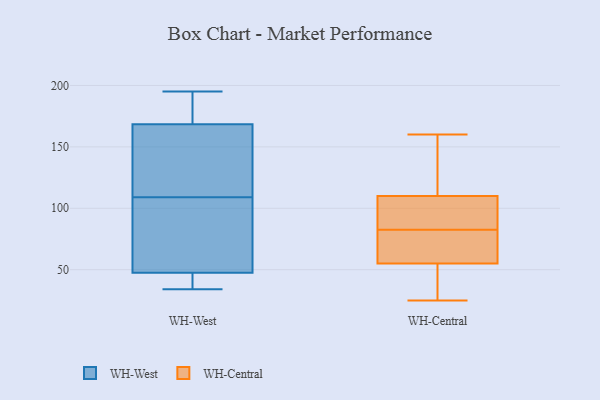
{"axis": {"x": "Bounce Rate (%)", "y": "Value"}, "legend": ["WH-Central", "WH-West"], "data": [{"x": "", "y": 88, "type": "WH-West"}, {"x": "", "y": 179, "type": "WH-West"}, {"x": "", "y": 109, "type": "WH-West"}, {"x": "", "y": 195, "type": "WH-West"}, {"x": "", "y": 155, "type": "WH-West"}, {"x": "", "y": 36, "type": "WH-West"}, {"x": "", "y": 173, "type": "WH-West"}, {"x": "", "y": 34, "type": "WH-West"}, {"x": "", "y": 117, "type": "WH-West"}, {"x": "", "y": 82, "type": "WH-West"}, {"x": "", "y": 35, "type": "WH-West"}, {"x": "", "y": 105, "type": "WH-Central"}, {"x": "", "y": 72, "type": "WH-Central"}, {"x": "", "y": 54, "type": "WH-Central"}, {"x": "", "y": 135, "type": "WH-Central"}, {"x": "", "y": 56, "type": "WH-Central"}, {"x": "", "y": 25, "type": "WH-Central"}, {"x": "", "y": 89, "type": "WH-Central"}, {"x": "", "y": 31, "type": "WH-Central"}, {"x": "", "y": 71, "type": "WH-Central"}, {"x": "", "y": 28, "type": "WH-Central"}, {"x": "", "y": 132, "type": "WH-Central"}, {"x": "", "y": 108, "type": "WH-Central"}, {"x": "", "y": 113, "type": "WH-Central"}, {"x": "", "y": 79, "type": "WH-Central"}, {"x": "", "y": 160, "type": "WH-Central"}, {"x": "", "y": 77, "type": "WH-Central"}, {"x": "", "y": 100, "type": "WH-Central"}, {"x": "", "y": 86, "type": "WH-Central"}, {"x": "", "y": 112, "type": "WH-Central"}, {"x": "", "y": 35, "type": "WH-Central"}]}